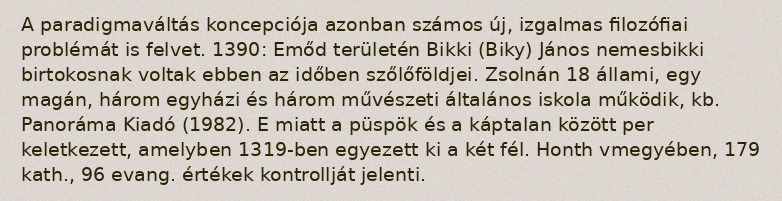
A paradigmaváltás koncepciója azonban számos új, izgalmas filozófiai problémát is felvet. 1390: Emőd területén Bikki (Biky) János nemesbikki birtokosnak voltak ebben az időben szőlőföldjei. Zsolnán 18 állami, egy magán, három egyházi és három művészeti általános iskola működik, kb. Panoráma Kiadó (1982). E miatt a püspök és a káptalan között per keletkezett, amelyben 1319-ben egyezett ki a két fél. Honth vmegyében, 179 kath., 96 evang. értékek kontrollját jelenti.